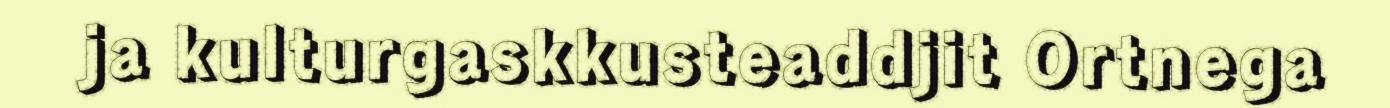
ja kulturgaskkusteaddjit Ortnega